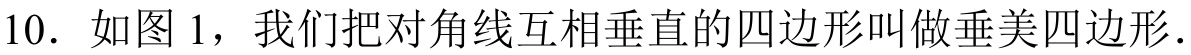
10. 如图1，我们把对角线互相垂直的四边形叫做垂美四边形.